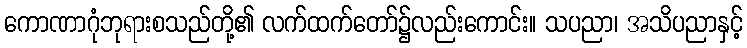
ကောဏာဂုံဘုရားစသည်တို့၏ လက်ထက်တော်၌လည်းကောင်း။ သပညာ၊ အသိပညာနှင့်